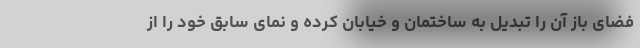
فضای باز آن را تبدیل به ساختمان و خیابان کرده و نمای سابق خود را از